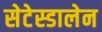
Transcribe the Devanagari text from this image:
सेटेस्डालेन